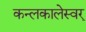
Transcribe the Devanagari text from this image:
कन्लकालेस्वर्